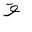
Letter: _qaf